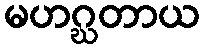
မဟဂ္ဃတာယ